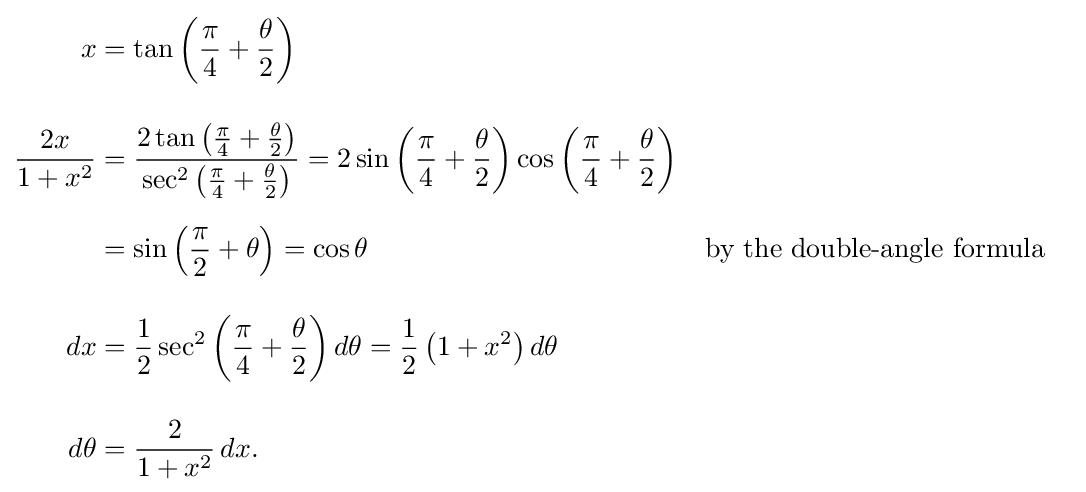
{\begin{aligned}x&=\tan \left({\frac {\pi }{4}}+{\frac {\theta }{2}}\right)\\[10pt]{\frac {2x}{1+x^{2}}}&={\frac {2\tan \left({\frac {\pi }{4}}+{\frac {\theta }{2}}\right)}{\sec ^{2}\left({\frac {\pi }{4}}+{\frac {\theta }{2}}\right)}}=2\sin \left({\frac {\pi }{4}}+{\frac {\theta }{2}}\right)\cos \left({\frac {\pi }{4}}+{\frac {\theta }{2}}\right)\\[6pt]&=\sin \left({\frac {\pi }{2}}+\theta \right)=\cos \theta &&{\text{by the double-angle formula}}\\[10pt]dx&={\frac {1}{2}}\sec ^{2}\left({\frac {\pi }{4}}+{\frac {\theta }{2}}\right)d\theta ={\frac {1}{2}}\left(1+x^{2}\right)d\theta \\[10pt]d\theta &={\frac {2}{1+x^{2}}}\,dx.\end{aligned}}